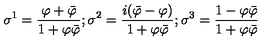
\sigma ^ { 1 } = \frac { \varphi + \bar { \varphi } } { 1 + \varphi \bar { \varphi } } ; \sigma ^ { 2 } = \frac { i ( \bar { \varphi } - \varphi ) } { 1 + \varphi \bar { \varphi } } ; \sigma ^ { 3 } = \frac { 1 - \varphi \bar { \varphi } } { 1 + \varphi \bar { \varphi } }